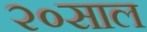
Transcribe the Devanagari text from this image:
२०साल